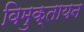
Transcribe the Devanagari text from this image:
विमुक्तायन